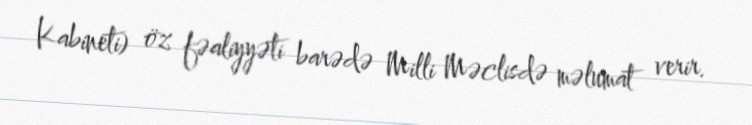
Kabineti) öz fəaliyyəti barədə Milli Məclisdə məlumat verir.